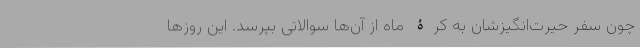
چون سفر حیرت‌انگیزشان به کرۀ ماه از آن‌ها سوالاتی بپرسد. این روزها